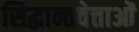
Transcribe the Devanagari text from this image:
सिद्धान्तवेत्ताओं